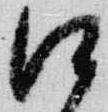
江